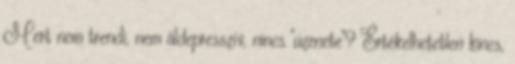
Mert nem trendi, nem áldepresszív, nincs "üzenete"? Értékelhetetlen kincs,